King Institute of Preventive Medicine Bacteriolog. Section reports 1907-08
Year: 1907
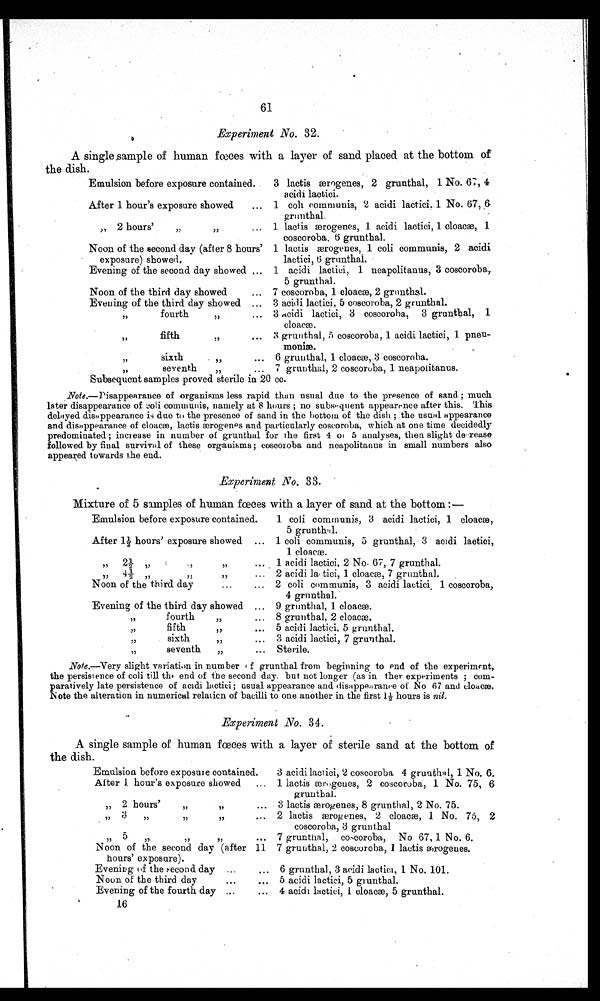
61
Experiments No. 32.
A single sample of human faces with a layer of sand. placed at the bottom of
the dish.
Emulsion before exposure contained.
3 lactis æ rgenes, 2 grunthal, 1 No. 67, 4
acidi lactici.
After 1 hour's exposure showed
... 1 coli communis, 2 acidi lactici. 1 No. 67, 6
grunthal.
„ 2 hours'
1 lactis æwrogenes, 1 acidi lactici, 1 cloacw, 1
coscoroba. 6 grunthal.
Noon of thc second day (after 8 hours' 1 lactis ærogenes , 1 coli communis, 2 acidi
• exposure) showed.
lactici, 6 grunthal.
Evening of the second day showed ... 1 acidi lactici, 1 neapolitanus, 3 coscoroba,.
5 grunt hal.
Noon of the third day showed
... 7 coscoroba, 1 cloaca, 2 grunthal.
Evening of the third day showed ... 3 acidi lactici, 5 coscoroba, 2 grunthal.
fourth
5)
3 acidi lactici, 3 coscoroba, 3 grunthal, 1
, ,
fifth
,,
3 grunthal, 5 coscoroba, 1 acidi lactici, 1
pneu-moniæ.
sixth
... 6 grunthal, 1 cloacæ,3 coscoroba.
,,
seventh
... 7 grunthal, 2 coscoroba, 1 neapolitanus.
Subsequent samples proved sterile in 20 cc.
Note.—Disappearance of organisms less rapid than usual due to the presence of sand ; much
later disappearance of coli communis, namely at 8 hours ; no subsequent appearance after this. This
delayed disappearance is due to the presence of sand in the bottom of the dish ; the usual appearance
and disappearance of cloaca, lactis ærogenes and. particularly coscoroba, which at one time decidedly
predominated ; increase in number of grunthal for the first 4 or 5a n a l y s e s , t h e n s l i g h t
dereasefollowed by final survival of these organisms ; coscoroba and neapolitanus in small numbers also
appeared towards the end..
Experiment No. 33.
Mixture of 5 samples of human faces with a layer of sand. at the bottom :—
Emulsion before exposure contained.
1 coli communis, 3 acidi lactici, 1 cloaca,
5 grunthal.
After 1 1/2 hours' exposure showed ... 1 coli communis, 5 grunthal, 3 acidi lactici,.
1 cloak;.
„ 22 „
17
... 1 acidi lactici, 2 No. 67, 7 grunthal.
,,
2
... 2 midi la tici, 1 cloaca, 7 grunthal.
Noon of the third day
... 2 coli communis, 3 acidi lactici, 1 coscoroba,
4 grnnthal.
Evening of the third day showed ... 9 grunthal, 1 cloacw.
,, fourth . .• 8 grunthal, 2 cloacm.
fifth
,, ••• 5 acidi lactici, 5 grunthal.
sixth
3 acidi lactici, 7 grunthal.
,,
seventh
„
... Sterile.
Note.—Very slight variation in number f grunthal from beginning to end of the experiment,.
the persistence of coli till the end of the second day. but not longer (as in then experiments ; com-
paratively late persistence of acidi lactici; usual appearance and disappearance of No 67 and cloacae.
Note the alteration in numerical relation of bacilli to one another in the first
hours is nil.
Experiment No. 34.
A single sample of human fceces with a layer of sterile sand at the bottom of
the dish.
Emulsion before exposure contained.
3 acidilactici, 2 coscoroba, 4 grunthal, 1 No. 6.
Alter 1. hour's exposure showed
... 1 lactis ærogenes, 2 coscoroba, 1 No. 75, 6
grunthal. ,,
2 hours'
,, ...
3 lactis ærogenes, 8 grunthal, 2 No. 75.
3
,, ,,
2 lactis ærogenes, '2 cloac a, 1 No. 76, 2
coscoroba, 3 grunthal
... 7 g,runtual, coscoroba, No 67, 1 No. 6. ,,
77
77
Noon of the second day (after 11 7 grunthal, 2 coscoroba, 1 lactis ærogenes.
hours' exposure).
Evening of the second day ...
... 6 grunthal, 3 acidi lactici, 1 No. 101.
Noon of the third day
...5 acidi lactici, 5 grunthal.
Evening of the fourth day
4 acidi lactici, 1 cloacw, 5 grunthal.
16